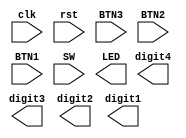
`timescale 1ns / 1ps
//////////////////////////////////////////////////////////////////////////////////
// Company: 
// Engineer: 
// 
// Design Name: 
// Module Name: atm
// Project Name: 
// Target Devices: 
// Tool Versions: 
// Description: 
// 
// Dependencies: 
// 
// Revision:
// Revision 0.01 - File Created
// Additional Comments:
// 
//////////////////////////////////////////////////////////////////////////////////


module atm(
input clk,
input rst,
input BTN3, BTN2, BTN1,
input [3:0] SW,
output reg [7:0] LED,                                     // LED[7] is the left most-LED
output reg [6:0] digit4, digit3, digit2, digit1  // digit4 is the left-most SSD
 );
reg [3:0] password;
reg [15:0] balance; 
reg [3:0] current_state;
reg [3:0] next_state;
reg start_timer, start_timer1;
wire time_up, time_up1;

parameter [3:0] IDLE = 4'b0000;
parameter [3:0] PASS_ENT_3 = 4'b0001;
parameter [3:0] PASS_ENT_2 = 4'b0010;
parameter [3:0] PASS_ENT_1 = 4'b0011;
parameter [3:0] LOCK = 4'b0100;
parameter [3:0] ATM_MENU = 4'b0101;
parameter [3:0] MONEY = 4'b0110;
parameter [3:0] WARNING = 4'b0111;
parameter [3:0] PASS_CHG_3 = 4'b1000;
parameter [3:0] PASS_CHG_2 = 4'b1001;
parameter [3:0] PASS_CHG_1 = 4'b1010;
parameter [3:0] PASS_NEW = 4'b1011;

always @ (posedge clk or posedge rst)
begin
    if(rst)
	begin
		current_state <= IDLE;
	end
	else 
		current_state <= next_state;
end


endmodule